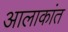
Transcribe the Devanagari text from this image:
आलाकांत